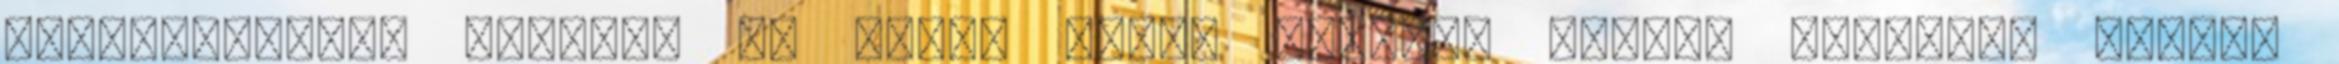
mérhetetlenül pazarló és önző, jogot formáló életre nevelik, később